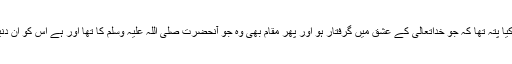
لیکن ان عقل کے اندھوں کو کیا پتہ تھا کہ جو خداتعالیٰ کے عشق میں گرفتار ہو اور پھر مقام بھی وہ جو آنحضرت صلی اللہ علیہ وسلم کا تھا اور ہے اُس کو ان دنیاوی لالچوں سے کیا غرض۔